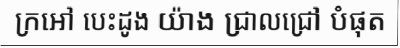
ក្រអៅ បេះដូង យ៉ាង ជ្រាលជ្រៅ បំផុត